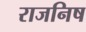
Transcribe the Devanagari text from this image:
राजनिष